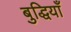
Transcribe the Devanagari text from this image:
बुद्धियाँ